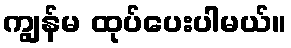
ကျွန်မ ထုပ်ပေးပါမယ်။